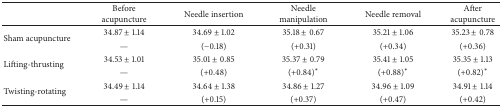
|  | Before acupuncture | Needle insertion | Needle manipulation | Needle removal | After acupuncture |
 | --- | --- | --- | --- | --- | --- |
 | <ROWSPAN=2> Sham acupuncture | 34.87 ± 1.14 | 34.69 ± 1.02 | 35.18 ± 0.67 | 35.21 ± 1.06 | 35.23 ± 0.78 |
 | — | (−0.18) | (+0.31) | (+0.34) | (+0.36) |
 | <ROWSPAN=2> Lifting-thrusting | 34.53 ± 1.01 | 35.01 ± 0.85 | 35.37 ± 0.79 | 35.41 ± 1.05 | 35.35 ± 1.13 |
 | — | (+0.48) | (+0.84)* | (+0.88)* | (+0.82)* |
 | <ROWSPAN=2> Twisting-rotating | 34.49 ± 1.14 | 34.64 ± 1.38 | 34.86 ± 1.27 | 34.96 ± 1.09 | 34.91 ± 1.14 |
 | — | (+0.15) | (+0.37) | (+0.47) | (+0.42) |